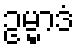
ဥမ္မာဒံ